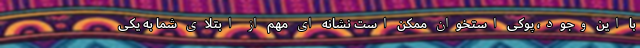
با این وجود، پوکی استخوان ممکن است نشانه ای مهم از ابتلای شما به یکی